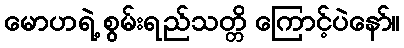
မောဟရဲ့ စွမ်းရည်သတ္တိ ကြောင့်ပဲနော်။